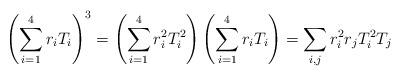
LaTeX: \begin{align*}\left(\sum_{i= 1}^4 {r_iT_i}\right)^3 =\left(\sum_{i= 1}^4 {r_i^2 T_i^2}\right) \left(\sum_{i= 1}^4 {r_iT_i}\right)=\sum_{i,j}r_i^2r_jT_i^2T_j\end{align*}